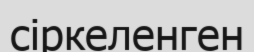
сіркеленген